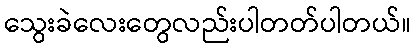
သွေးခဲလေးတွေလည်းပါတတ်ပါတယ်။